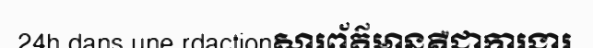
24h dans une rdactionសារព័ត៌មានគឺជាការងារ